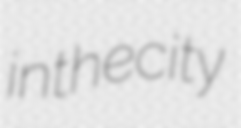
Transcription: in the city